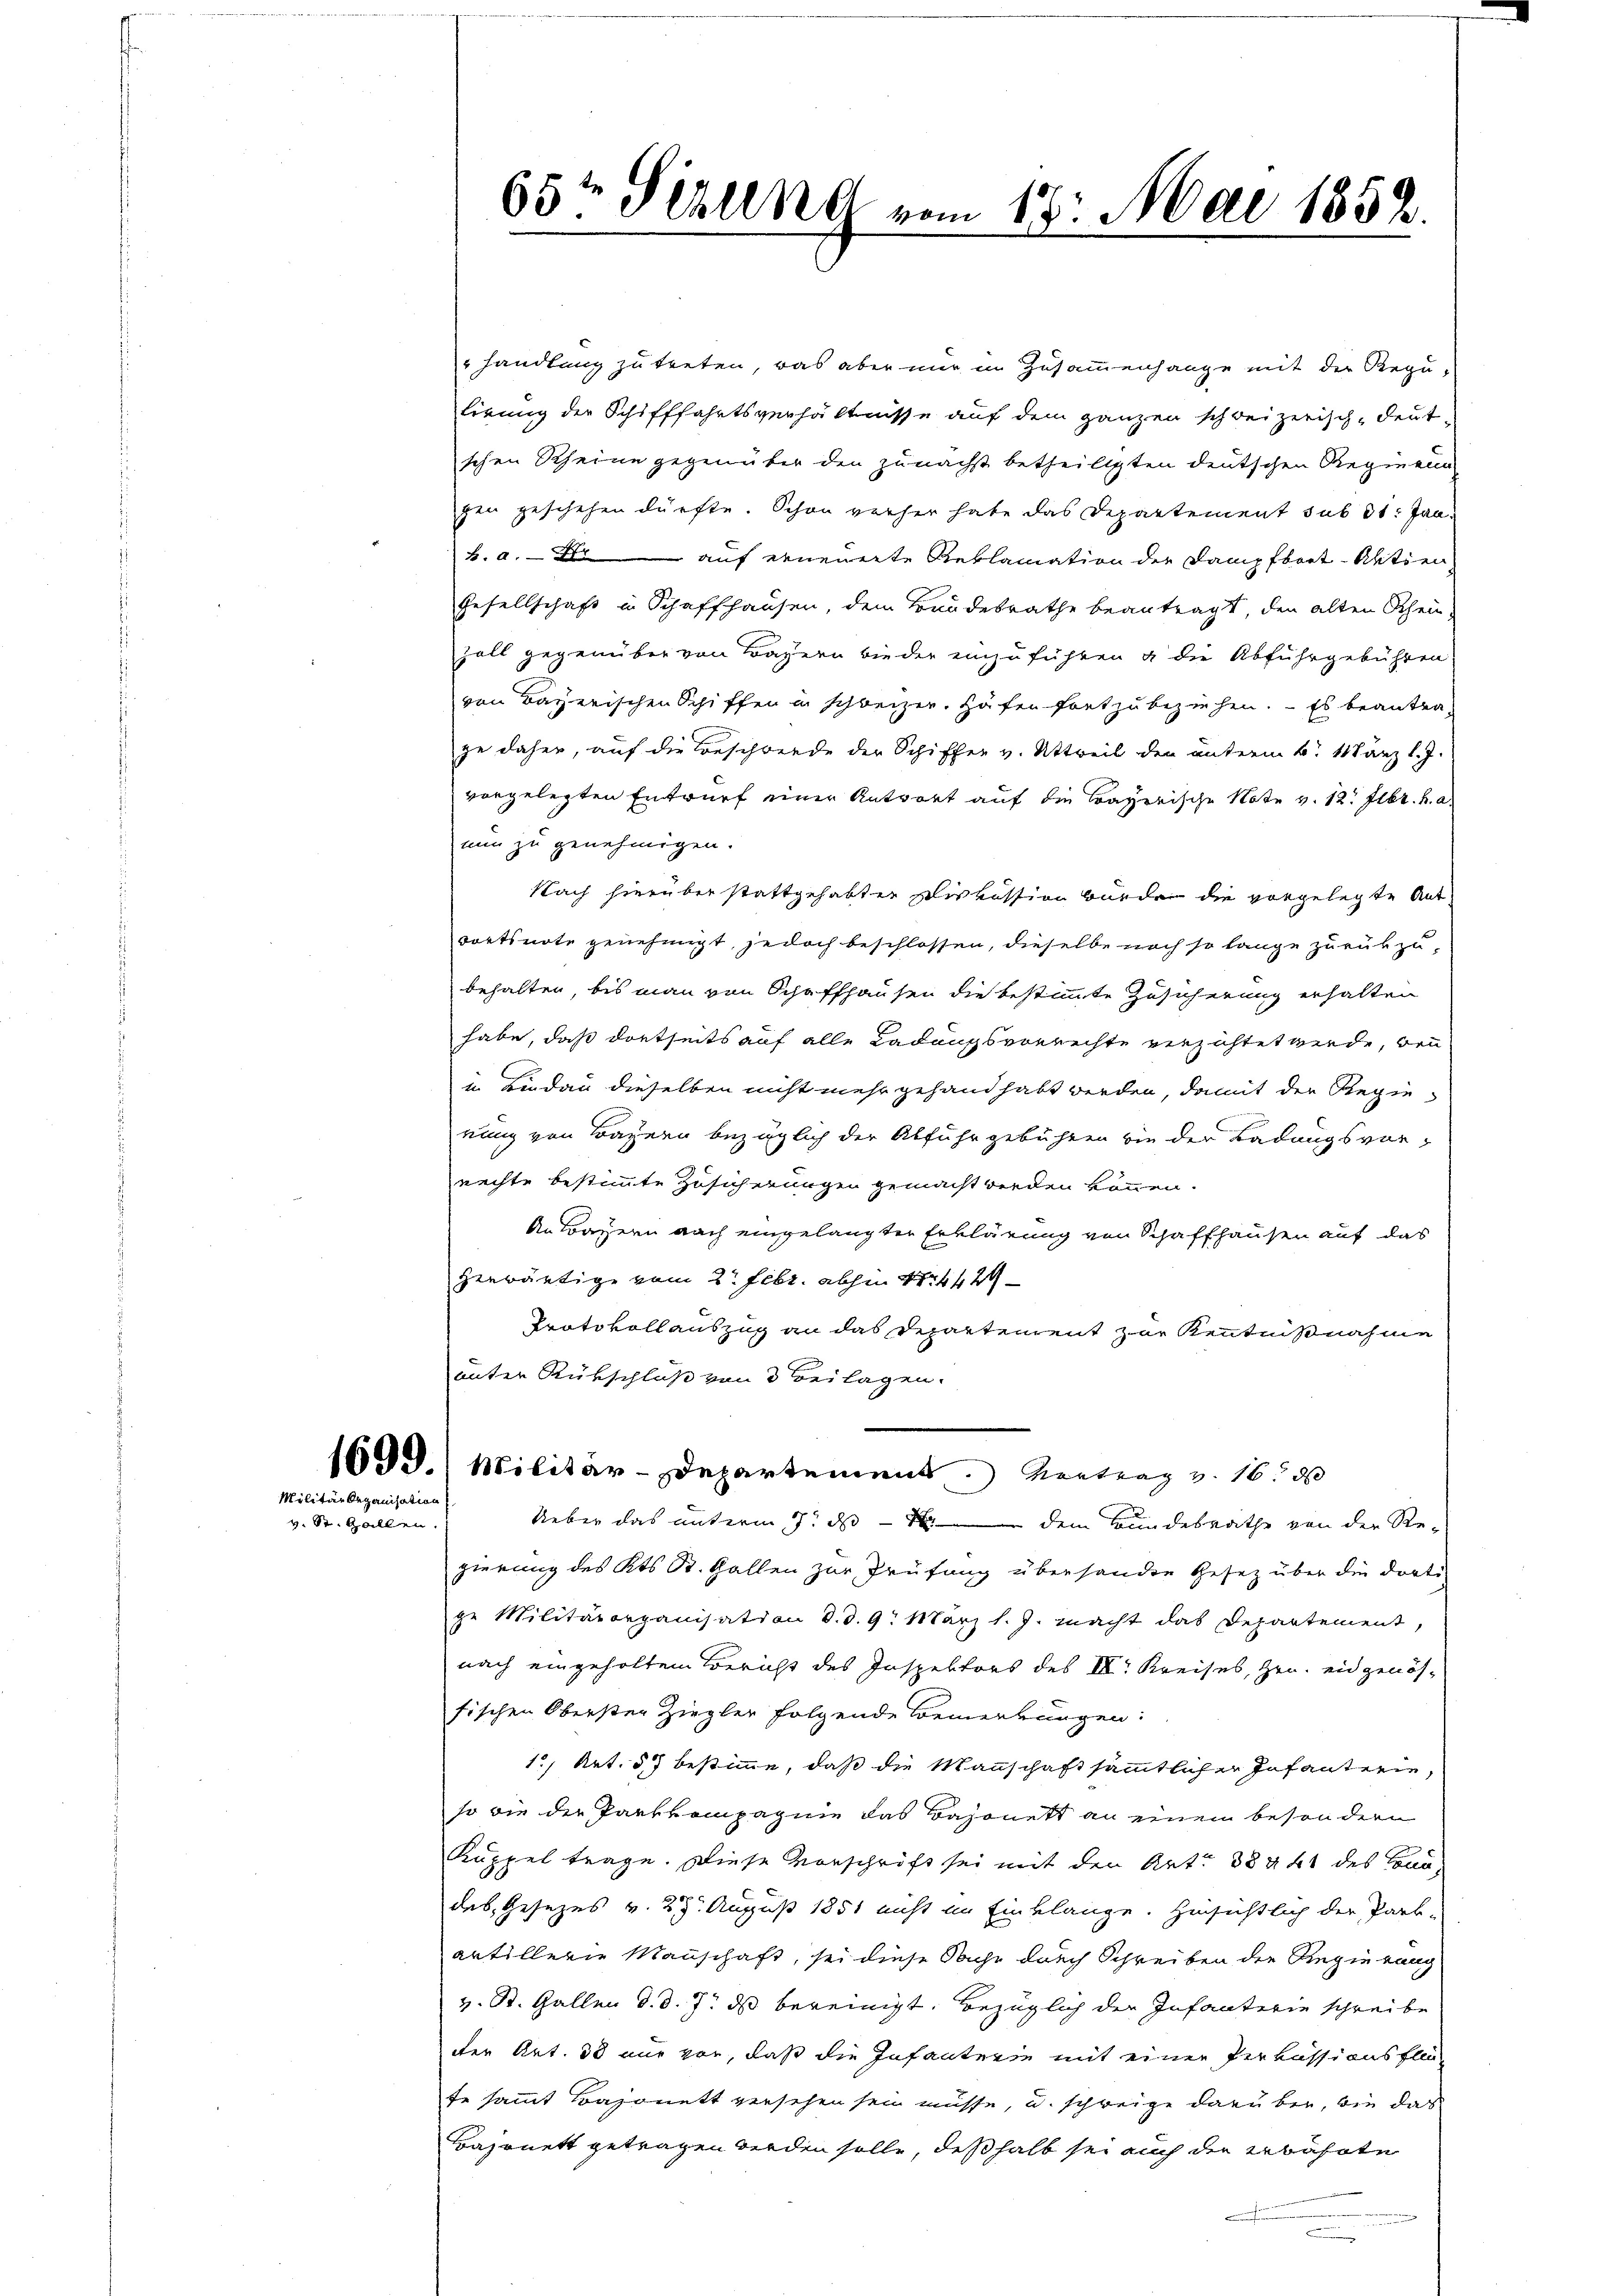
Militär beganisation
v. St. Gallen.

handlung zu treten, was aber nur in Zusammenhange mit der Regulirung der Schifffahrtsverhältnisse auf dem ganzen schweizerisch-deut-
schen Rheine gegenüber den zunächst betheiligten deutschen Regieng
hen geschehen dürfte. Schon verher habe das Departement sub 31. Jan.
h. a. — Die auf erneuerte Reklamation der Dampfboot Aktien
Gesellschaft in Schaffhausen, dem Bundesrathe beantragt, den alten Schein-
Fall gegenüber von Bagern wieder einzuführen u die Abfuhrgebühren
von Bayerischen Schiffen in schweizer. Häfen fortzubeziehen. - Es beantra-
ge daher, auf die Beschwerde der Schiffer v. Attweil den unterm 6. März l. J.
vorgelegten Entwurf einer Antwort auf die Bayerische Note v. 12. Febr. h. a.
nun zu genehmigen.
Nach hierüber stattgehabter Piskussion wurde die vorgelegte Antdortsnote genehmigt, jedoch beschlossen, dieselbe noch so lange zurükzubehalten, bis man von Schaffhausen die bestimmte Zusicherung erhalten
habe, daß dortseits auf alle Ladungsvorrechte verzichtet werde, bei
in Lindau dieselben nicht mehr gehand habt werden, damit der Regierung von Bayern bezüglich der Abfuhr gebühren wie der Ladungsvorrechte bestimmte Zusicherungen gemacht werden können.
An Bayern nach eingelangten Erklärung von Schaffhausen auf das
herwärtige vom 2. Febr. abhin 1 4429
Protokollauszug an das Departement zur Kenntnißnahme
unter Rükschluß von 3 Beilagen.
1699.) Militär-Departement. Kontrag v. 16. d
Ueber das unterm 7. ds dem Kindesrathe von der Rezierung des Kts. St. Gallen zur Prüfung überhander Gesetz über die dortige Militärorganisation d. d. 9. März l. J. macht das Departement,
nach eingeholten Bericht des Inspektors des III. Kreises, Hrn. eidgenös-
fischen Oberster Ziegler folgende Bemerkungen:
15, Art. 57 bestimme, daß die Mannschaft sämmtlicher Infanterie,
so die der Parskompagnie das Bajonett an einem besondern
Kuppel trage. Diese Vorschrift sei mit den Art. 38441 des Conn-
das, Gesezes v. 27. August 1851 nicht im Einklange. Hinsichtlich der Park-
antillerie Manschaft, sei diese Sache durch Schreiben der Regierung
v. St. Gallen d. d. 7. ds bereinigt. Bezüglich der Infanterie schreibe
der Art. 38 nur vor, daß die Infantrein mit einer Perkussionsflüch
fe sammt Bajonett versehen sein müsse, u. schweige darüber, wie das
Bajonett getragen werden solle, deßhalb sei auch der erbahnte

65t Setzung vom 18. Mai 1852.